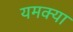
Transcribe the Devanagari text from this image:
यमक्या